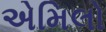
એમિલો